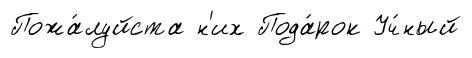
Пожа́луйста н'их Пода́рок Уч́ный